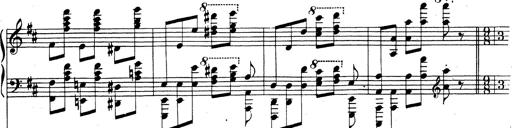
Title: Rhapsodie espagnole
Composer: Franz Liszt